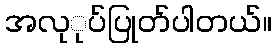
အလုုပ်ပြုတ်ပါတယ်။